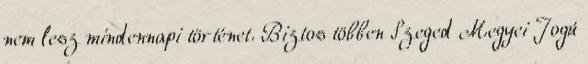
nem lesz mindennapi történet. Biztos többen Szeged Megyei Jogú